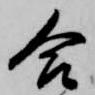
合